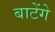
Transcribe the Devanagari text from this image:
बाटेंगे